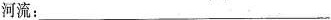
河流：___